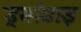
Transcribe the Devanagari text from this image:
ड्रमांडाइ